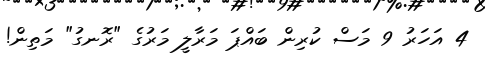
4 އަހަރު 9 މަސް ކުރިން ބައްޕަ މަރާލީ މަރުގެ "ރޮނގު" މަތިން!